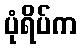
ပုံရိပ်က